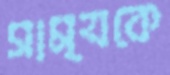
সাম্যকে